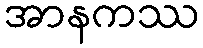
အာနကဿ